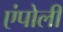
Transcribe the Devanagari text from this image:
एंपोली